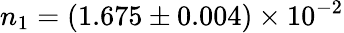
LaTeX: n_{1}=(1.675\pm 0.004)\times 10^{-2}